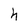
Character: h